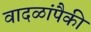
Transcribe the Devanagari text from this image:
वादळांपैकी